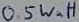
Text: 0.5Watt